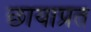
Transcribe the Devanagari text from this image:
छायाप्रत